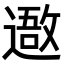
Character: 䢩